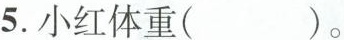
5.小红体重( )。